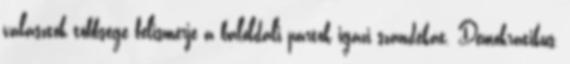
választók többsége felismerje a baloldali pártok igazi szándékát. Demokratikus,